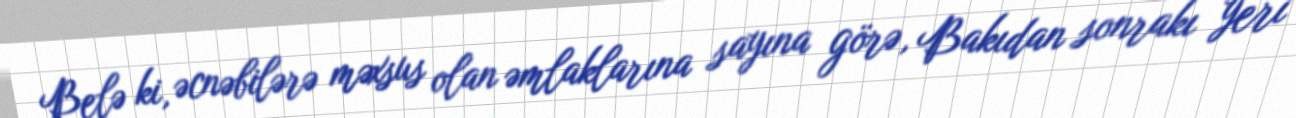
Belə ki, əcnəbilərə məxsus olan əmlaklarına sayına görə, Bakıdan sonrakı yeri